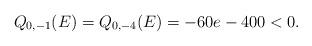
LaTeX: \begin{align*}Q_{0,-1}(E) = Q_{0,-4}(E) = -60e - 400 < 0.\end{align*}